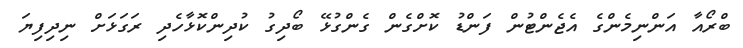
ބްރޯއާ އަންނިމެންގެ އެޖެންޓުން ފަންޑު ކޮށްގެން ގެންގުޅޭ ބޯދިގު ކުދިންކޮޅާހެދި ރަގަޅަށް ނިދިފިޔަ